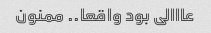
عااالی بود واقعا.. ممنون